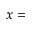
x =